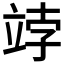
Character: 𥩾